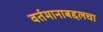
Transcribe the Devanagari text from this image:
वर्तमानाबद्दलचा